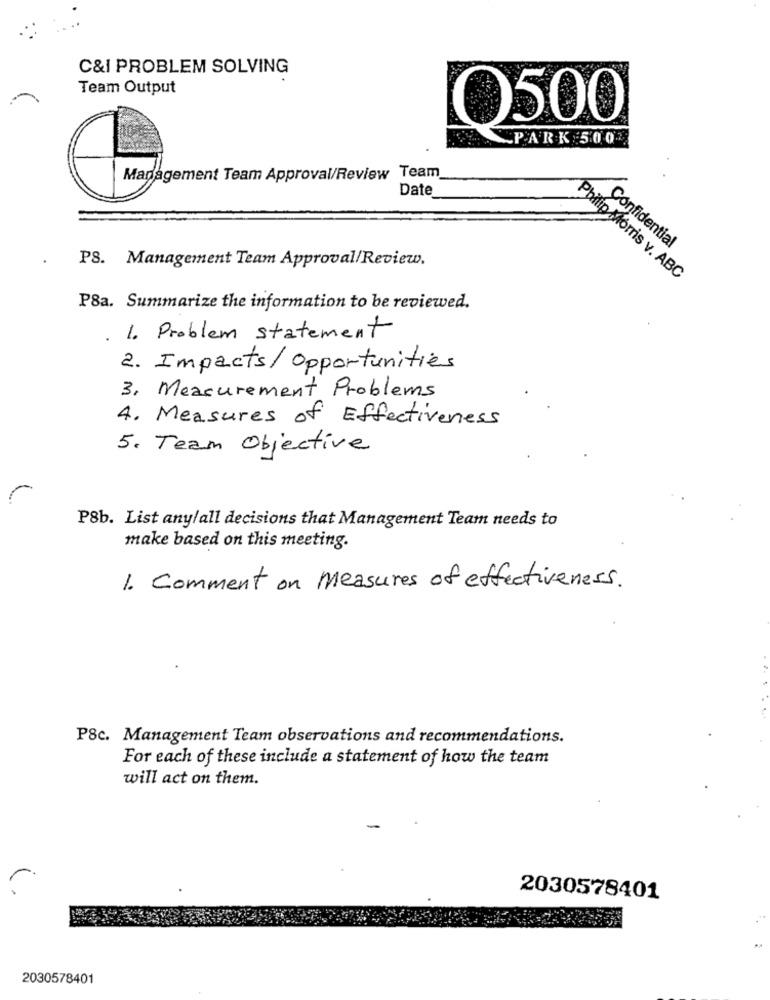
C&I PROBLEM SOLVING
Team Output
O500
PARK 500
Management Team Approval/Review Team
Date
Confidential
PS. Management Team Approval/Review,
Philip Morris v. ABC
P8a. Summarize the information to be reviewed.
. 1. Problem statement
2. Impacts/ Opportunities
3. Measurement Problems
4. Measures of Effectiveness
5. Team Objective
P8b. List any/all decisions that Management Team needs to
make based on this meeting.
1. Comment on Measures of effectiveness.
P&c. Management Team observations and recommendations.
For each of these include a statement of how the team
will act on them.
2030578401
2030578401